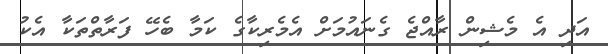
އަދި އެ މެޝިން ރާއްޖެ ގެނައުމަށް އެމެރިކާގެ ކަމާ ބެހޭ ފަރާތްތަކާ އެކު